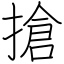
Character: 搶